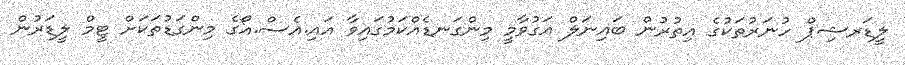
ލީޑަރޝިޕް ހުނަރުތަކުގެ އިތުރުން ބައިނަލް އަގުވާމީ މިންގަނޑެއްކަމުގައިވާ އައި.އެސް.އޯގެ މިންގަޑުތަކަށް ޓީމް ލީޑަރުން